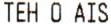
TEH O AIS